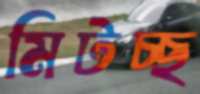
মিটচ্ছ